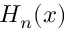
H _ { n } ( x )